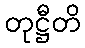
တုဋ္ဌီတိ